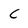
Character: C